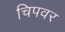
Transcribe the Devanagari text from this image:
चिपवर